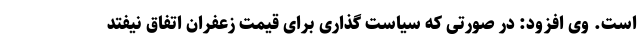
است. وی افزود: در صورتی که سیاست گذاری برای قیمت زعفران اتفاق نیفتد